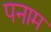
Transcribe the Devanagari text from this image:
पनाम